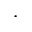
\boldsymbol { \cdot }